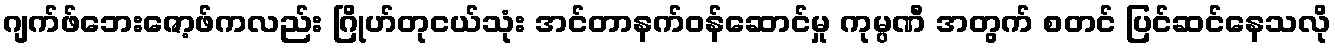
ဂျက်ဖ်ဘေးဇော့ဖ်ကလည်း ဂြိုဟ်တုငယ်သုံး အင်တာနက်ဝန်ဆောင်မှု ကုမ္ပဏီ အတွက် စတင် ပြင်ဆင်နေသလို